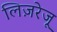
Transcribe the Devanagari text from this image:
लिज़रेजू